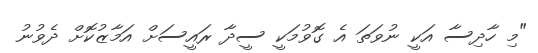
"މި ހާދިސާ އަކީ ނުވަތަ އެ ގޮވުމަކީ ސީދާ ރައީސަށް އަމާޒުކޮށް ދެވުނު